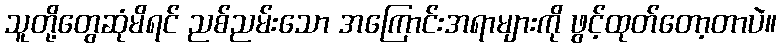
သူတို့တွေဆုံမိရင် ညစ်ညမ်းသော အကြောင်းအရာများကို ဖွင့်ထုတ်တော့တာပဲ။